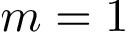
m = 1